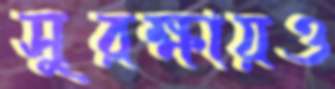
সুরক্ষায়ও